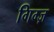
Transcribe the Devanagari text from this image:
गिग्ज़